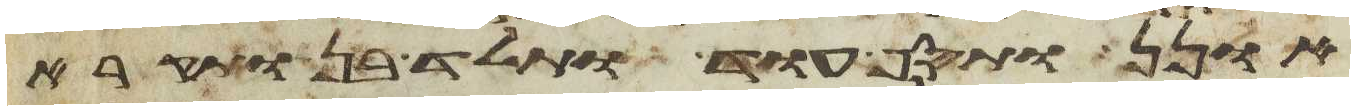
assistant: אונן ותסף עוד ותלד בן ותקרא